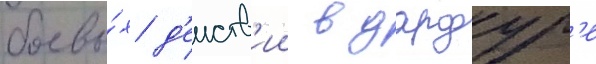
боевы́х д'еиств'ии в дарфур'е